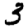
Digit: 3